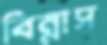
বিন্নাস